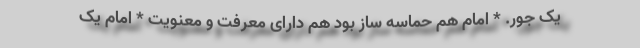
یک جور. * امام هم حماسه ساز بود هم دارای معرفت و معنویت * امام یک